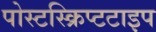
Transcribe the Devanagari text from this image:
पोस्टस्क्रिप्टटाइप